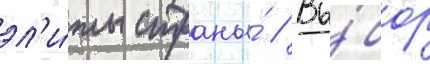
эл'и́ты страны́ // Вы́бор